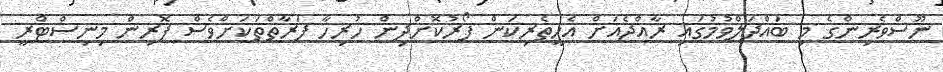
ނޫސްވެރިންގެ މި ބައްދަލްވުމުގައި ރާއްޖެއަށް އެހީތެރިކަން ފޯރުކޮށްދިން ހުރިހާ ފަރާތްތަކަށްވެސް ފޮރިން މިނިސްޓްރީ